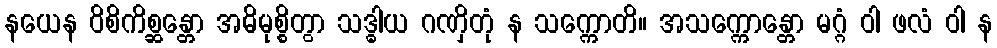
နယေန ဝိစိကိစ္ဆန္တော အဓိမုစ္စိတွာ သဒ္ဓါယ ဂဏှိတုံ န သက္ကောတိ။ အသက္ကောန္တော မဂ္ဂံ ဝါ ဖလံ ဝါ န